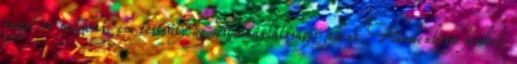
reggelire magasság cm testsúly kg Alultápláltságot jelent. Mindenképp fordulj